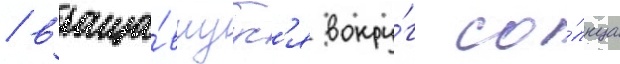
/ враща́вшуус'я вокру́г со́лнца